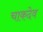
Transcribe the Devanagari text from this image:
चाकदेव